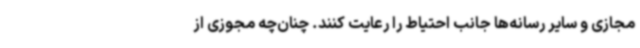
مجازی و سایر رسانه‌ها جانب احتیاط را رعایت کنند. چنان‌چه مجوزی از